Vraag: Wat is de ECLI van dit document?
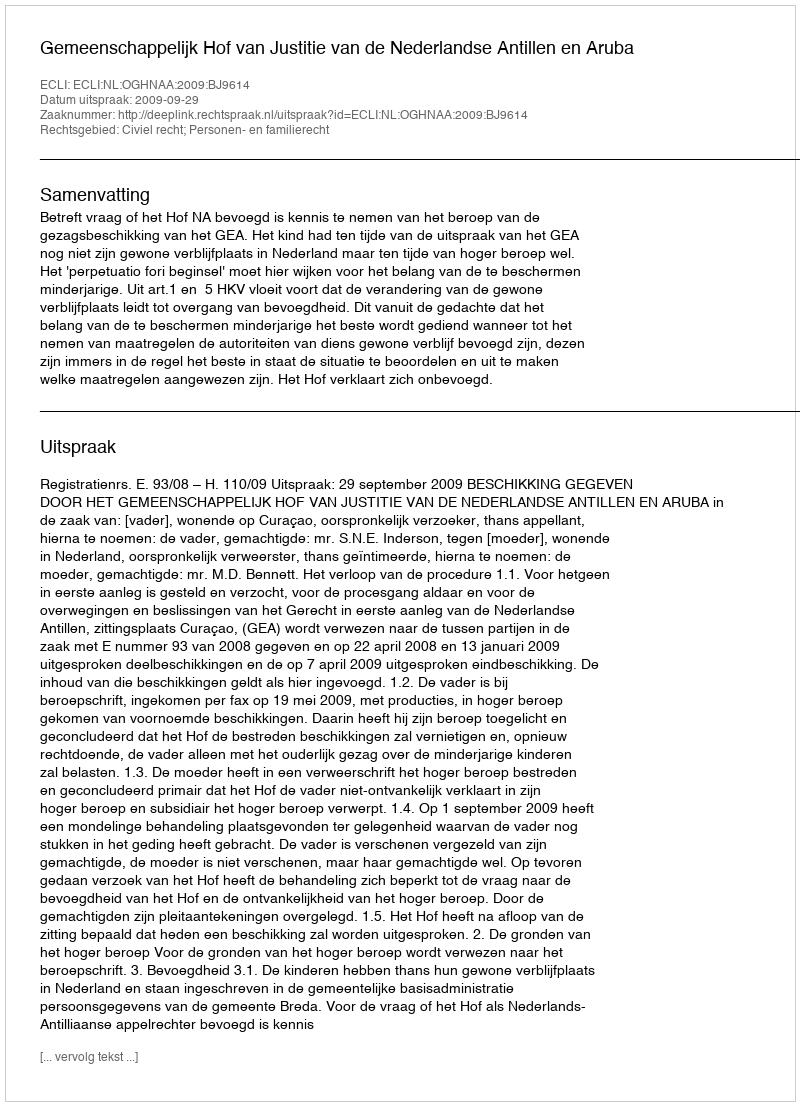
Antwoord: ECLI:NL:OGHNAA:2009:BJ9614